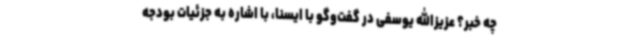
چه خبر؟ عزیزالله یوسفی در گفت‌وگو با ایسنا، با اشاره به جزئیات بودجه